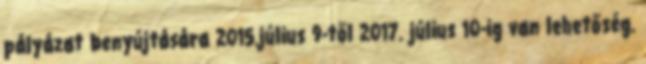
pályázat benyújtására 2015.július 9-től 2017. július 10-ig van lehetőség.